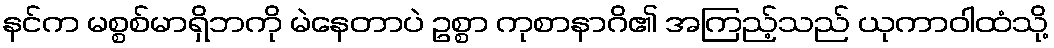
နင်က မစ္စစ်မာရှိဘကို မဲနေတာပဲ ဥစ္စာ ကုစာနာဂိ၏ အကြည့်သည် ယုကာဝါထံသို့